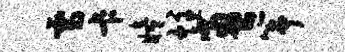
雪卡瞳炷盈筝